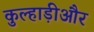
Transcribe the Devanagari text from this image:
कुल्हाड़ीऔर